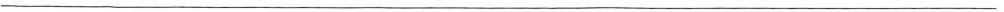
___